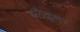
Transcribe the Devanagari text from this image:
ब्लैकमर